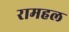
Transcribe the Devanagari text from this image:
रामहल